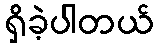
ရှိခဲ့ပါတယ်